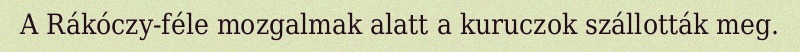
A Rákóczy-féle mozgalmak alatt a kuruczok szállották meg.